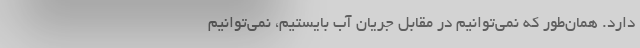
دارد. همان‌طور که نمی‌توانیم در مقابل جریان آب بایستیم، نمی‌توانیم